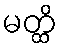
မတ္ထိ